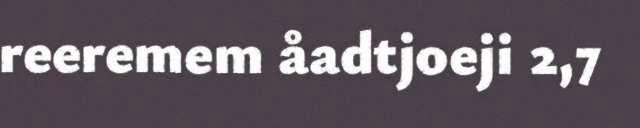
reeremem åadtjoeji 2,7